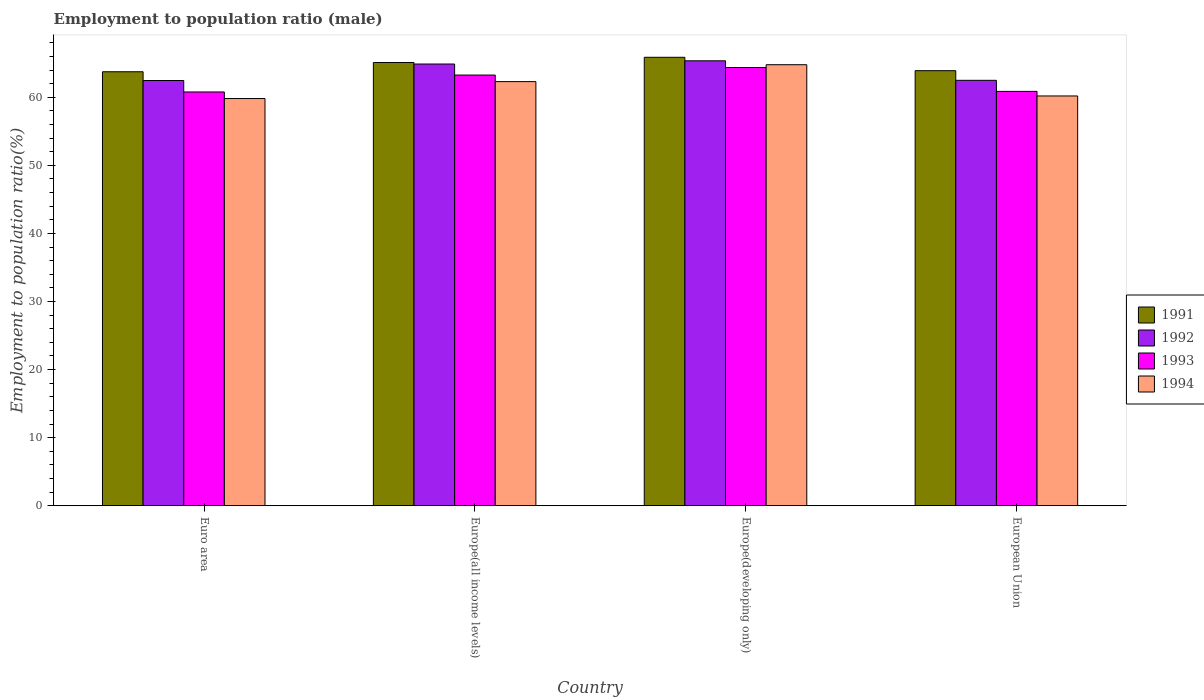
| Country | 1991 | 1992 | 1993 | 1994 |
 | --- | --- | --- | --- | --- |
 | Euro area | 63.7 | 62.5 | 60.8 | 59.8 |
 | Europe(all income levels) | 65.1 | 64.9 | 63.3 | 62.3 |
 | Europe(developing only) | 65.9 | 65.4 | 64.4 | 64.8 |
 | European Union | 63.9 | 62.5 | 60.9 | 60.2 |